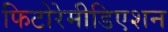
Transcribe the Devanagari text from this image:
फिटोरेमीडिएशन